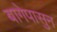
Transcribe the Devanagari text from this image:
बागेपासुन